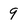
Character: 9